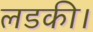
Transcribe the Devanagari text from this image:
लडकी।